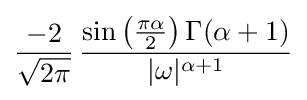
{\frac {-2}{\sqrt {2\pi }}}\,{\frac {\sin \left({\frac {\pi \alpha }{2}}\right)\Gamma (\alpha +1)}{|\omega |^{\alpha +1}}}